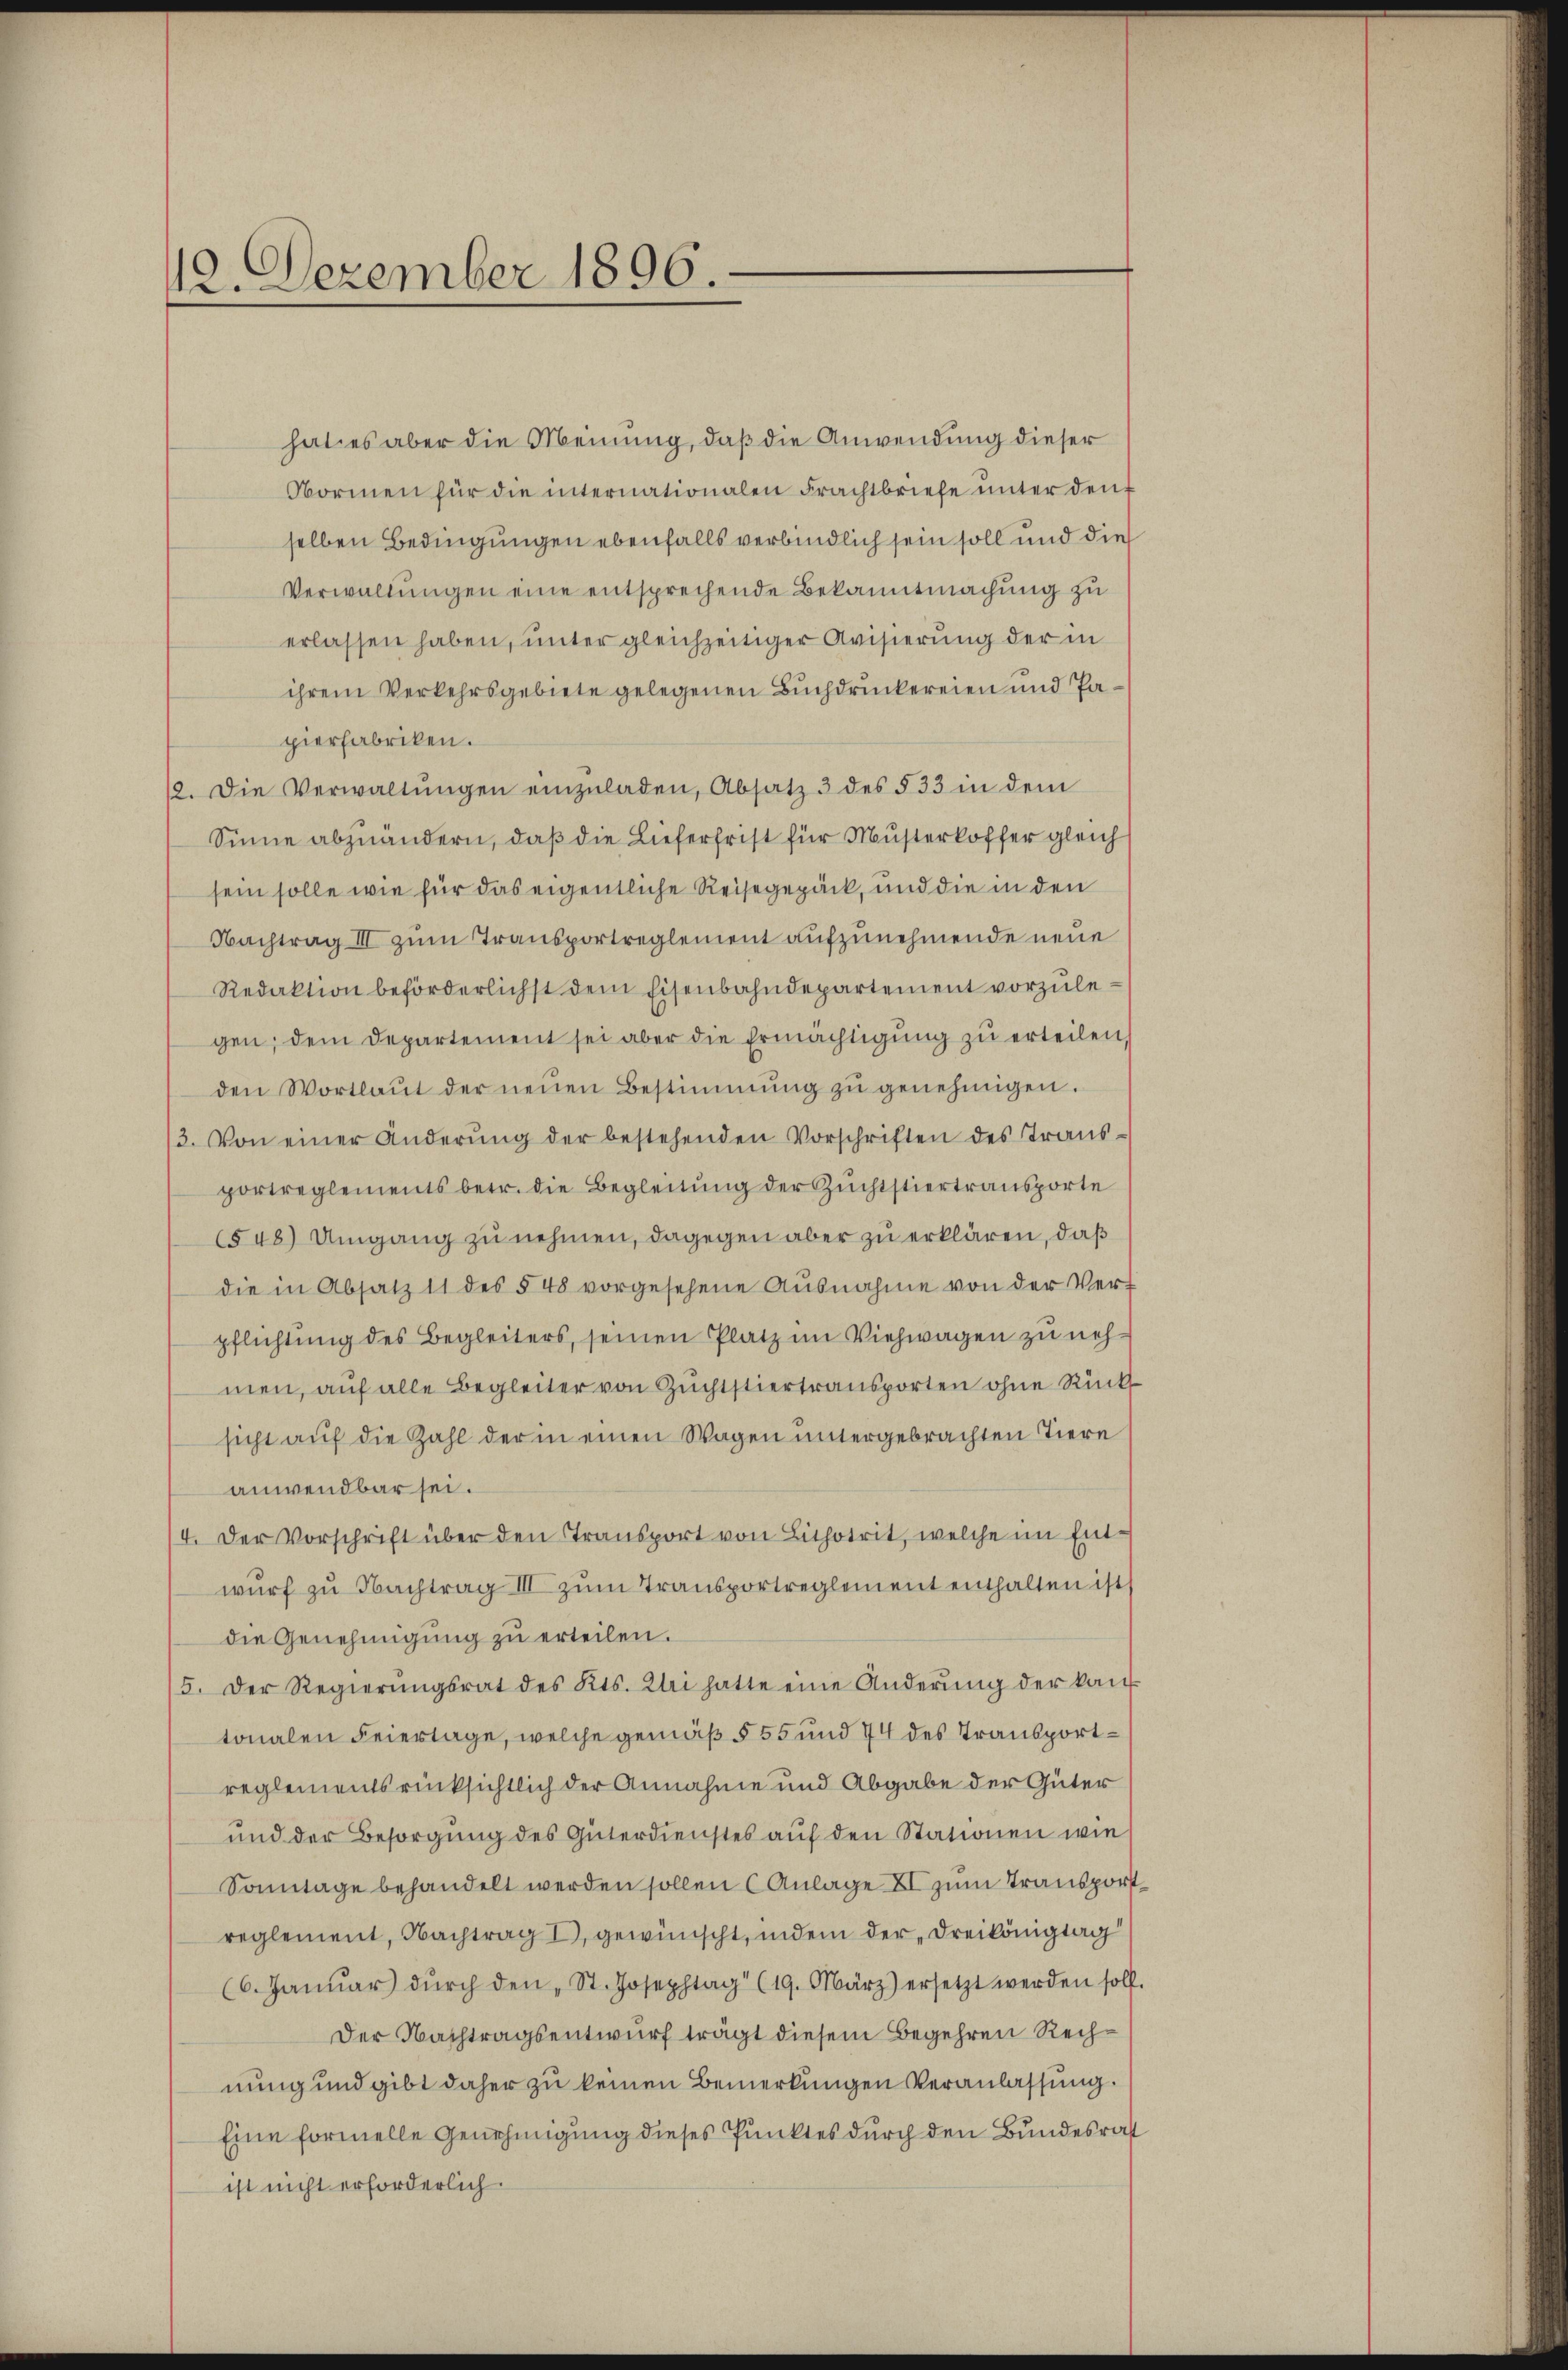
12. Dezember 1896.

hat es aber die Meinung, daß die Anwendung dieser
Normen für die internationalen Frachtbriefe unter den
selben Bedingungen ebenfalls verbindlich sein soll und die
Verwaltungen eine entsprechende Bekanntmachung zu
erlassen haben, unter gleichzeitiger Avisierung der in
ihrem Verkehrsgebiete gelegenen Buchdruckereien und Papierfabriken.
12. Die Verwaltŭngen einzŭladen, Absatz 3 des § 33 in dem
Sinne abzuändern, daß die Lieferfrist für Musterkoffer gleich
sein solle wie für das eigentliche Reisegepäck, und die in den
Nachtrag III zum Transportreglement aufzunehmende neue
Redaktion beförderlichst dem Eisenbahndepartement vorzulegen; dem Departement sei aber die Ermächtigŭng zŭ erteilen,
den Wortlaut der neŭen Bestimmung zŭ genehmigen.
3. Von einer Änderŭng der bestehenden Vorschriften des Transportreglements betr. die Begleitung der Zŭchtstiertransporte
(548) Umgang zu nehmen, dagegen aber zu erklären, daß
die in Absatz 11 des § 48 vorgesehene Ausnahme von der Ver-
pflichtung des Begleiters, seinen Platz im Viehwagen zu nehmen, auf alle Begleiter von Zŭchtstiertransporten ohne Rück
sicht auf die Zahl der in einen Wagen untergebrachten Tiere
anwendbar sei.
/4. Der Vorschrift über den Transport von Lithotrit, welche im Entwŭrf zu Nachtrag III zŭm Transportreglement enthalten ist,
die Genehmigŭng zŭ erteilen.
5. Der Regierŭngsrat des Kts. Klei hatte eine Änderŭng der kan
tonalen Feiertage, welche gemäß § 55 und 74 des Transportreglementsrücksichtlich der Annahme und Abgabe der Güter
und der Besorgung des Güterdienstes auf den Stationen wie
Sonntage behandelt werden sollen (Anlage XI zum Transport
reglement, Nachtrag I gewünscht, indem der Dreikönigtag
(6. Janŭar dŭrch den St. Josephtag" (19. März) ersetzt werden soll.
Der Nachtragsentwurf trägt diesem Begehren Rechnung und gibt daher zu keinen Bemerkungen Veranlassung.
Eine formelle Genehmigung dieses Punktes durch den Bundesrat
ist nicht erforderlich.